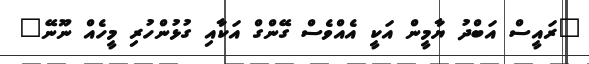
"ރައީސް އަބްދު ޔާމީން އަކީ އެއްވެސް ގޭންގް އަކާއި ގުޅުންހުރި މީހެއް ނޫނޭ"